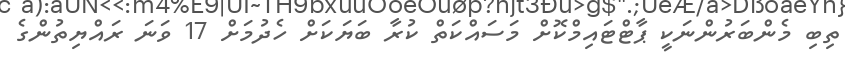
ތިބި މެންބަރުންނަކީ ޕާޓްޓައިމްކޮށް މަސައްކަތް ކުރާ ބަޔަކަށް ހެދުމަށް 17 ވަނަ ރައްޔިތުންގެ